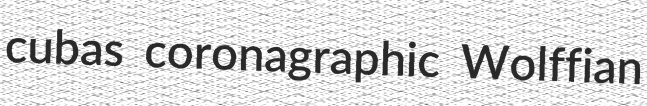
cubas coronagraphic Wolffian